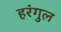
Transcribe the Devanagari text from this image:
हरंगुल